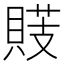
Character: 䝸